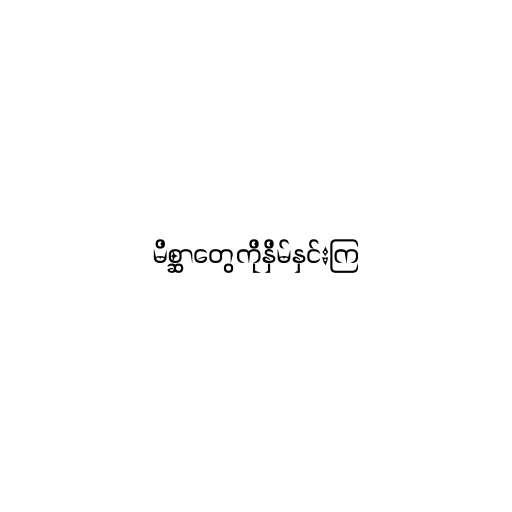
မိစ္ဆာတွေကိုနှိမ်နှင်းကြ